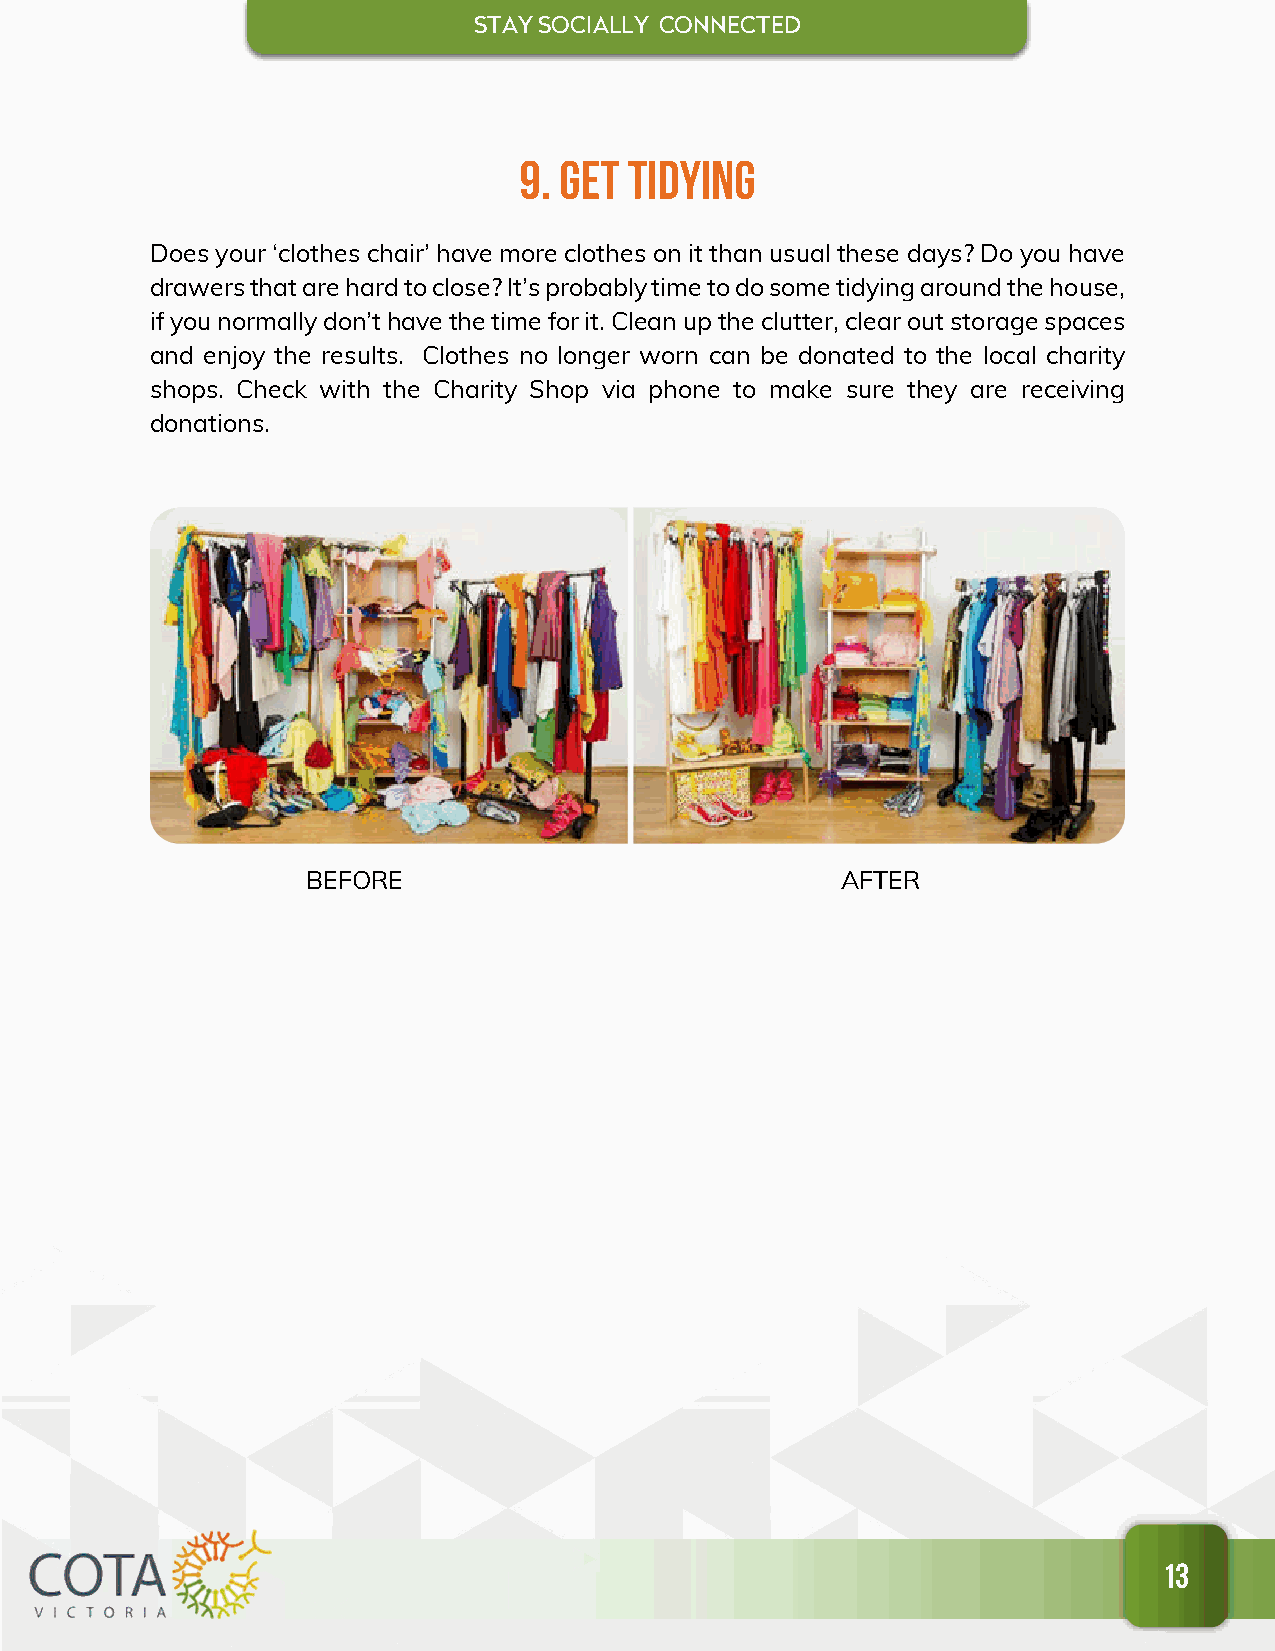
STAY SOCIALL Y CONNECTED
 9. Get  Tidying
 Does your ‘clothes chair’ have more clothes on it than usual these days? Do you have
 drawers that are hard to close? It’s probably time to do some tidying around the house,
 if you normally don’t have the time for it. Clean up the clutter, clear out storage spaces
 and enjoy the results. Clothes no longer worn can be donated to the local charity
 shops. Check with the Charity Shop via phone to make sure they are receiving
 donations.
 BEFORE                              AFTER
 13